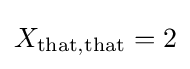
X_{{\text{that}},{\text{that}}}=2